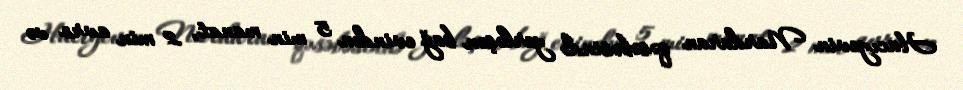
Hacıyevin Nardaran qəsəbəsində yerləşən bağ evindən 5 min manat, 2 min avro və